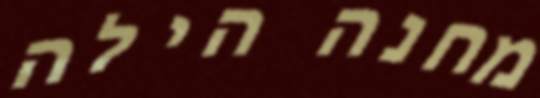
מחנה הילה